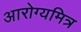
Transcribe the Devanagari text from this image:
आरोग्यमित्र